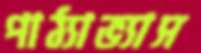
পাঠ্যাভ্যাস